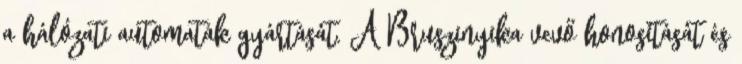
a hálózati automaták gyártását. A Bruszinyika vevő honosítását és